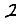
Digit: 2